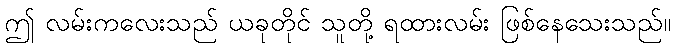
ဤ လမ်းကလေးသည် ယခုတိုင် သူတို့ ရထားလမ်း ဖြစ်နေသေးသည်။